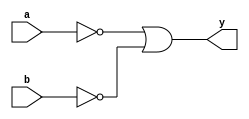
module xor_gate(
    input wire a, 
    input wire b,
    output reg y
);

not gate_1 (a_not, a);
not gate_2 (b_not, b);
or gate_3 (y, a_not, b_not);

endmodule